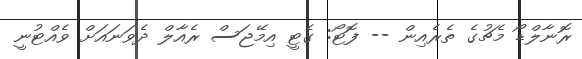
ރޮނާލްޑޯ މެޗުގެ ތެރެއިން -- ފޮޓޯ: ގެޓީ އިމޭޖަސް ރެއާލް ދެވަނައަށް ވެއްޓުނީ